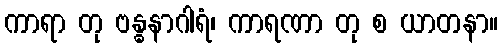
ကာရာ တု ဗန္ဓနာဂါရံ၊ ကာရဏာ တု စ ယာတနာ။